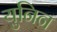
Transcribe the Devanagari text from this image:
युनिन